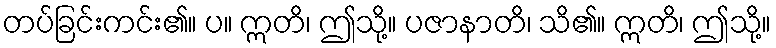
တပ်ခြင်းကင်း၏။ ပ။ ဣတိ၊ ဤသို့။ ပဇာနာတိ၊ သိ၏။ ဣတိ၊ ဤသို့။